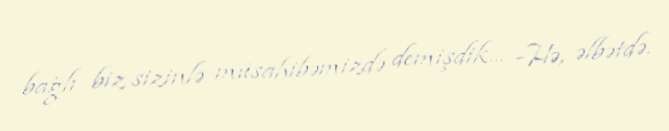
bağlı biz sizinlə müsahibəmizdə demişdik... -Hə, əlbətdə.